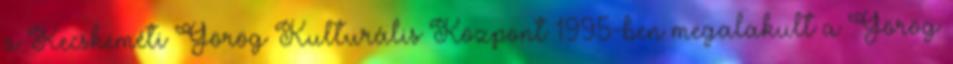
a Kecskeméti Görög Kulturális Központ 1995-ben megalakult a Görög